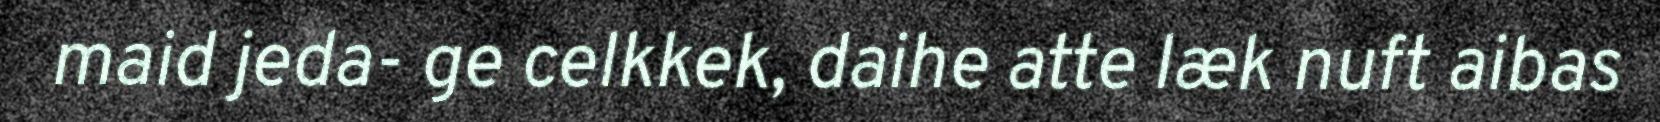
maid jeda- ge celkkek, daihe atte læk nuft aibas